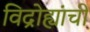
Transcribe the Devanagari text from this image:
विद्रोह्यांची